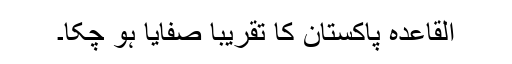
القاعدہ پاکستان کا تقریباً صفایا ہو چکا۔